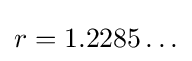
r=1.2285\ldots